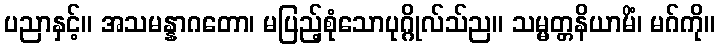
ပညာနှင့်။ အသမန္နာဂတော၊ မပြည့်စုံသောပုဂ္ဂိုလ်သ်ည။ သမ္မတ္တနိယာမိံ၊ မဂ်ကို။